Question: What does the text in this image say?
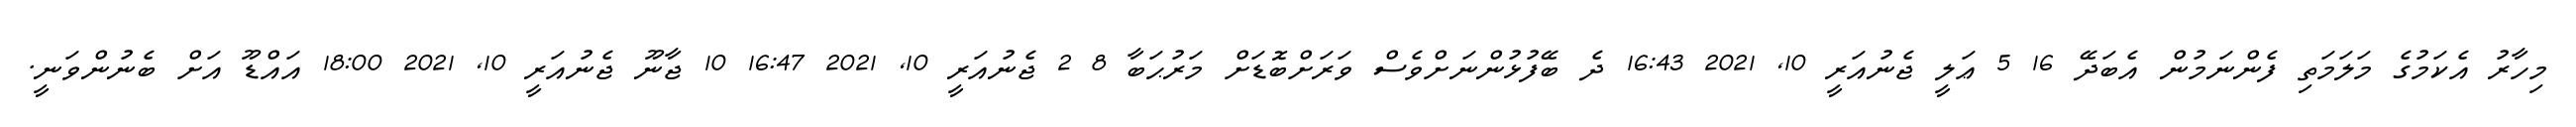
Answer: މިހާރު އެކަމުގެ މަލަމަތި ފެންނަމުން އެބަދޭ 16 5 ޢަލީ ޖެނުއަރީ 10, 2021 16:43 ދެ ބޭފުޅުންނަށްވެސް ވަރަށްބޮޑަށް މަރުޙަބާ 8 2 ޖެނުއަރީ 10, 2021 16:47 10 ޖާނޫ ޖެނުއަރީ 10, 2021 18:00 އައްޑޫ އަށް ބެނުންވަނީ.